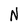
Character: N